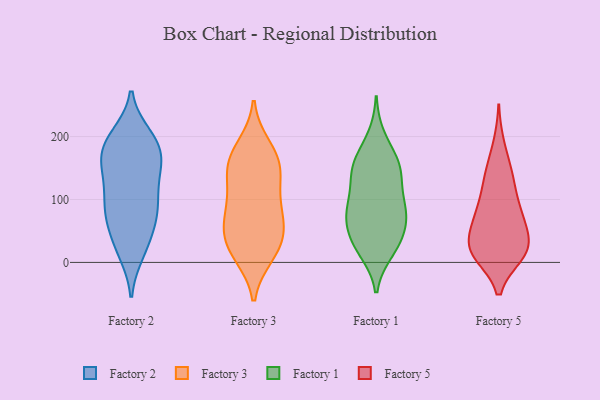
{"axis": {"x": "Revenue (USD Million)", "y": "Value"}, "legend": ["Factory 1", "Factory 2", "Factory 3", "Factory 5"], "data": [{"x": "", "y": 188, "type": "Factory 2"}, {"x": "", "y": 190, "type": "Factory 2"}, {"x": "", "y": 155, "type": "Factory 2"}, {"x": "", "y": 142, "type": "Factory 2"}, {"x": "", "y": 107, "type": "Factory 2"}, {"x": "", "y": 17, "type": "Factory 2"}, {"x": "", "y": 27, "type": "Factory 2"}, {"x": "", "y": 178, "type": "Factory 2"}, {"x": "", "y": 75, "type": "Factory 2"}, {"x": "", "y": 28, "type": "Factory 2"}, {"x": "", "y": 125, "type": "Factory 2"}, {"x": "", "y": 200, "type": "Factory 2"}, {"x": "", "y": 87, "type": "Factory 2"}, {"x": "", "y": 166, "type": "Factory 2"}, {"x": "", "y": 78, "type": "Factory 2"}, {"x": "", "y": 64, "type": "Factory 2"}, {"x": "", "y": 151, "type": "Factory 2"}, {"x": "", "y": 194, "type": "Factory 2"}, {"x": "", "y": 87, "type": "Factory 2"}, {"x": "", "y": 150, "type": "Factory 3"}, {"x": "", "y": 149, "type": "Factory 3"}, {"x": "", "y": 12, "type": "Factory 3"}, {"x": "", "y": 46, "type": "Factory 3"}, {"x": "", "y": 63, "type": "Factory 3"}, {"x": "", "y": 86, "type": "Factory 3"}, {"x": "", "y": 12, "type": "Factory 3"}, {"x": "", "y": 138, "type": "Factory 3"}, {"x": "", "y": 88, "type": "Factory 3"}, {"x": "", "y": 159, "type": "Factory 3"}, {"x": "", "y": 175, "type": "Factory 3"}, {"x": "", "y": 27, "type": "Factory 3"}, {"x": "", "y": 34, "type": "Factory 3"}, {"x": "", "y": 184, "type": "Factory 3"}, {"x": "", "y": 109, "type": "Factory 3"}, {"x": "", "y": 63, "type": "Factory 3"}, {"x": "", "y": 82, "type": "Factory 1"}, {"x": "", "y": 157, "type": "Factory 1"}, {"x": "", "y": 24, "type": "Factory 1"}, {"x": "", "y": 199, "type": "Factory 1"}, {"x": "", "y": 29, "type": "Factory 1"}, {"x": "", "y": 34, "type": "Factory 1"}, {"x": "", "y": 148, "type": "Factory 1"}, {"x": "", "y": 69, "type": "Factory 1"}, {"x": "", "y": 131, "type": "Factory 1"}, {"x": "", "y": 165, "type": "Factory 1"}, {"x": "", "y": 50, "type": "Factory 1"}, {"x": "", "y": 136, "type": "Factory 1"}, {"x": "", "y": 81, "type": "Factory 1"}, {"x": "", "y": 153, "type": "Factory 1"}, {"x": "", "y": 96, "type": "Factory 1"}, {"x": "", "y": 75, "type": "Factory 1"}, {"x": "", "y": 18, "type": "Factory 1"}, {"x": "", "y": 87, "type": "Factory 1"}, {"x": "", "y": 68, "type": "Factory 5"}, {"x": "", "y": 13, "type": "Factory 5"}, {"x": "", "y": 142, "type": "Factory 5"}, {"x": "", "y": 105, "type": "Factory 5"}, {"x": "", "y": 17, "type": "Factory 5"}, {"x": "", "y": 26, "type": "Factory 5"}, {"x": "", "y": 14, "type": "Factory 5"}, {"x": "", "y": 133, "type": "Factory 5"}, {"x": "", "y": 141, "type": "Factory 5"}, {"x": "", "y": 86, "type": "Factory 5"}, {"x": "", "y": 17, "type": "Factory 5"}, {"x": "", "y": 75, "type": "Factory 5"}, {"x": "", "y": 23, "type": "Factory 5"}, {"x": "", "y": 18, "type": "Factory 5"}, {"x": "", "y": 75, "type": "Factory 5"}, {"x": "", "y": 58, "type": "Factory 5"}, {"x": "", "y": 187, "type": "Factory 5"}, {"x": "", "y": 36, "type": "Factory 5"}]}